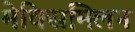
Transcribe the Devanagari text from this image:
मेक्सिमिलन